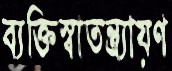
ব্যক্তিস্বাতন্ত্র্যায়ণ